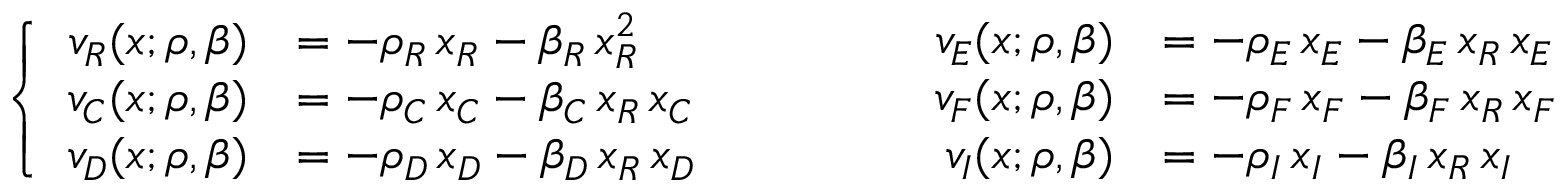
\left\{ \begin{array} { r l } { v _ { R } ( x ; \rho , \beta ) } & { = - \rho _ { R } \, x _ { R } - \beta _ { R } \, x _ { R } ^ { 2 } } \\ { v _ { C } ( x ; \rho , \beta ) } & { = - \rho _ { C } \, x _ { C } - \beta _ { C } \, x _ { R } \, x _ { C } } \\ { v _ { D } ( x ; \rho , \beta ) } & { = - \rho _ { D } \, x _ { D } - \beta _ { D } \, x _ { R } \, x _ { D } } \end{array} \qquad \qquad \begin{array} { r l } { v _ { E } ( x ; \rho , \beta ) } & { = - \rho _ { E } \, x _ { E } - \beta _ { E } \, x _ { R } \, x _ { E } } \\ { v _ { F } ( x ; \rho , \beta ) } & { = - \rho _ { F } \, x _ { F } - \beta _ { F } \, x _ { R } \, x _ { F } } \\ { v _ { I } ( x ; \rho , \beta ) } & { = - \rho _ { I } \, x _ { I } - \beta _ { I } \, x _ { R } \, x _ { I } } \end{array} \right.